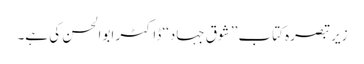
زیر تبصرہ کتاب ’’ شوق جہاد‘‘ ڈاکٹر ابوالحسن کی ہے۔